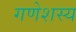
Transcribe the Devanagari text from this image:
गणेशस्य